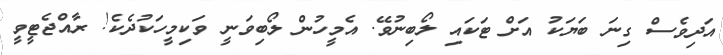
އަދިވެސް ގިނަ ބަޔަކު އަށް ޓަކައި ލޯބިނުވޭ. އެމީހުން ލޯބިވަނީ ވަކިމީހަކުދެކެ! ރާއްޖެޓީވީ